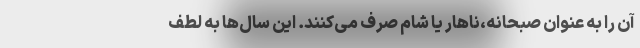
آن را به عنوان صبحانه،ناهار یا شام صرف می‌کنند. این سال‌ها به لطف